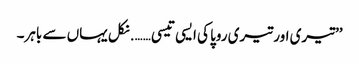
’’تیری اور تیری روپا کی ایسی تیسی……. نکل یہاں سے باہر۔